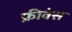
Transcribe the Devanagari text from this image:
फ्रीवेस